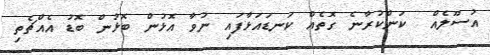
އުސޫލެއް  ކަންކުރާނެ ގޮތެއް ކަނޑައަޅާފައި ނުވާ އޮޅުން ބޮޅުން ބޮޑު އެއްޗެތި